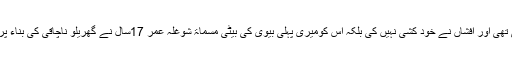
عبدالمطلب نے پولیس کو مزید بتایا ’’افشاں میری دوسری اہلیہ تھی جس سے میری 4ماہ کی بیٹی تھی اور افشاں نے خود کشی نہیں کی بلکہ اس کومیری پہلی بیوی کی بیٹی مسماۃ شوغلہ عمر 17سال نے گھریلو ناچاقی کی بناء پر تیزدار آلہ سے وار کر کے قتل کیا ہے جو واردات کے بعد فرار ہونے میں کامیاب ہو گئی ہے ۔